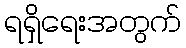
ရရှိရေးအတွက်